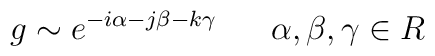
g\sim e^{-i\alpha -j\beta-k\gamma} \ \ \ \ \ \alpha,\beta,\gamma \in R